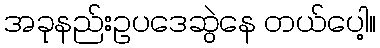
အခုနည်းဥပဒေဆွဲနေ တယ်ပေါ့။